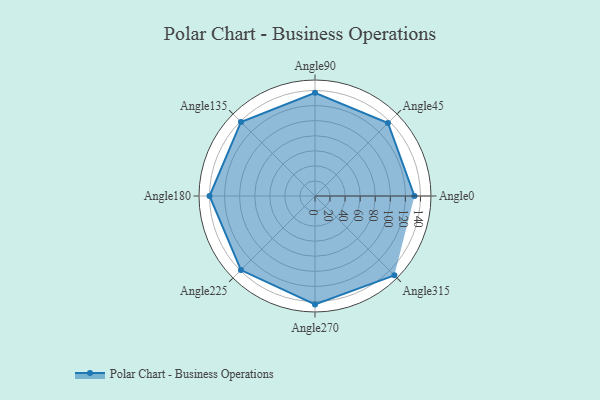
{"axis": {"x": "Angle", "y": "Radius"}, "legend": [""], "data": [{"x": "Angle0", "y": 132.0, "type": ""}, {"x": "Angle45", "y": 137.0, "type": ""}, {"x": "Angle90", "y": 137.0, "type": ""}, {"x": "Angle135", "y": 139.0, "type": ""}, {"x": "Angle180", "y": 140.0, "type": ""}, {"x": "Angle225", "y": 139.0, "type": ""}, {"x": "Angle270", "y": 144.0, "type": ""}, {"x": "Angle315", "y": 149.0, "type": ""}]}